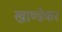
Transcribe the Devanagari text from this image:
खाण्डेकर